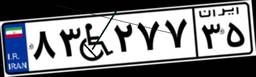
۴۵W۶۰۳۶۱